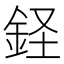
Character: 𫒔